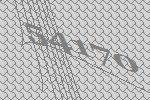
54170